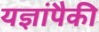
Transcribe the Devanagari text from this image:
यज्ञांपैकी